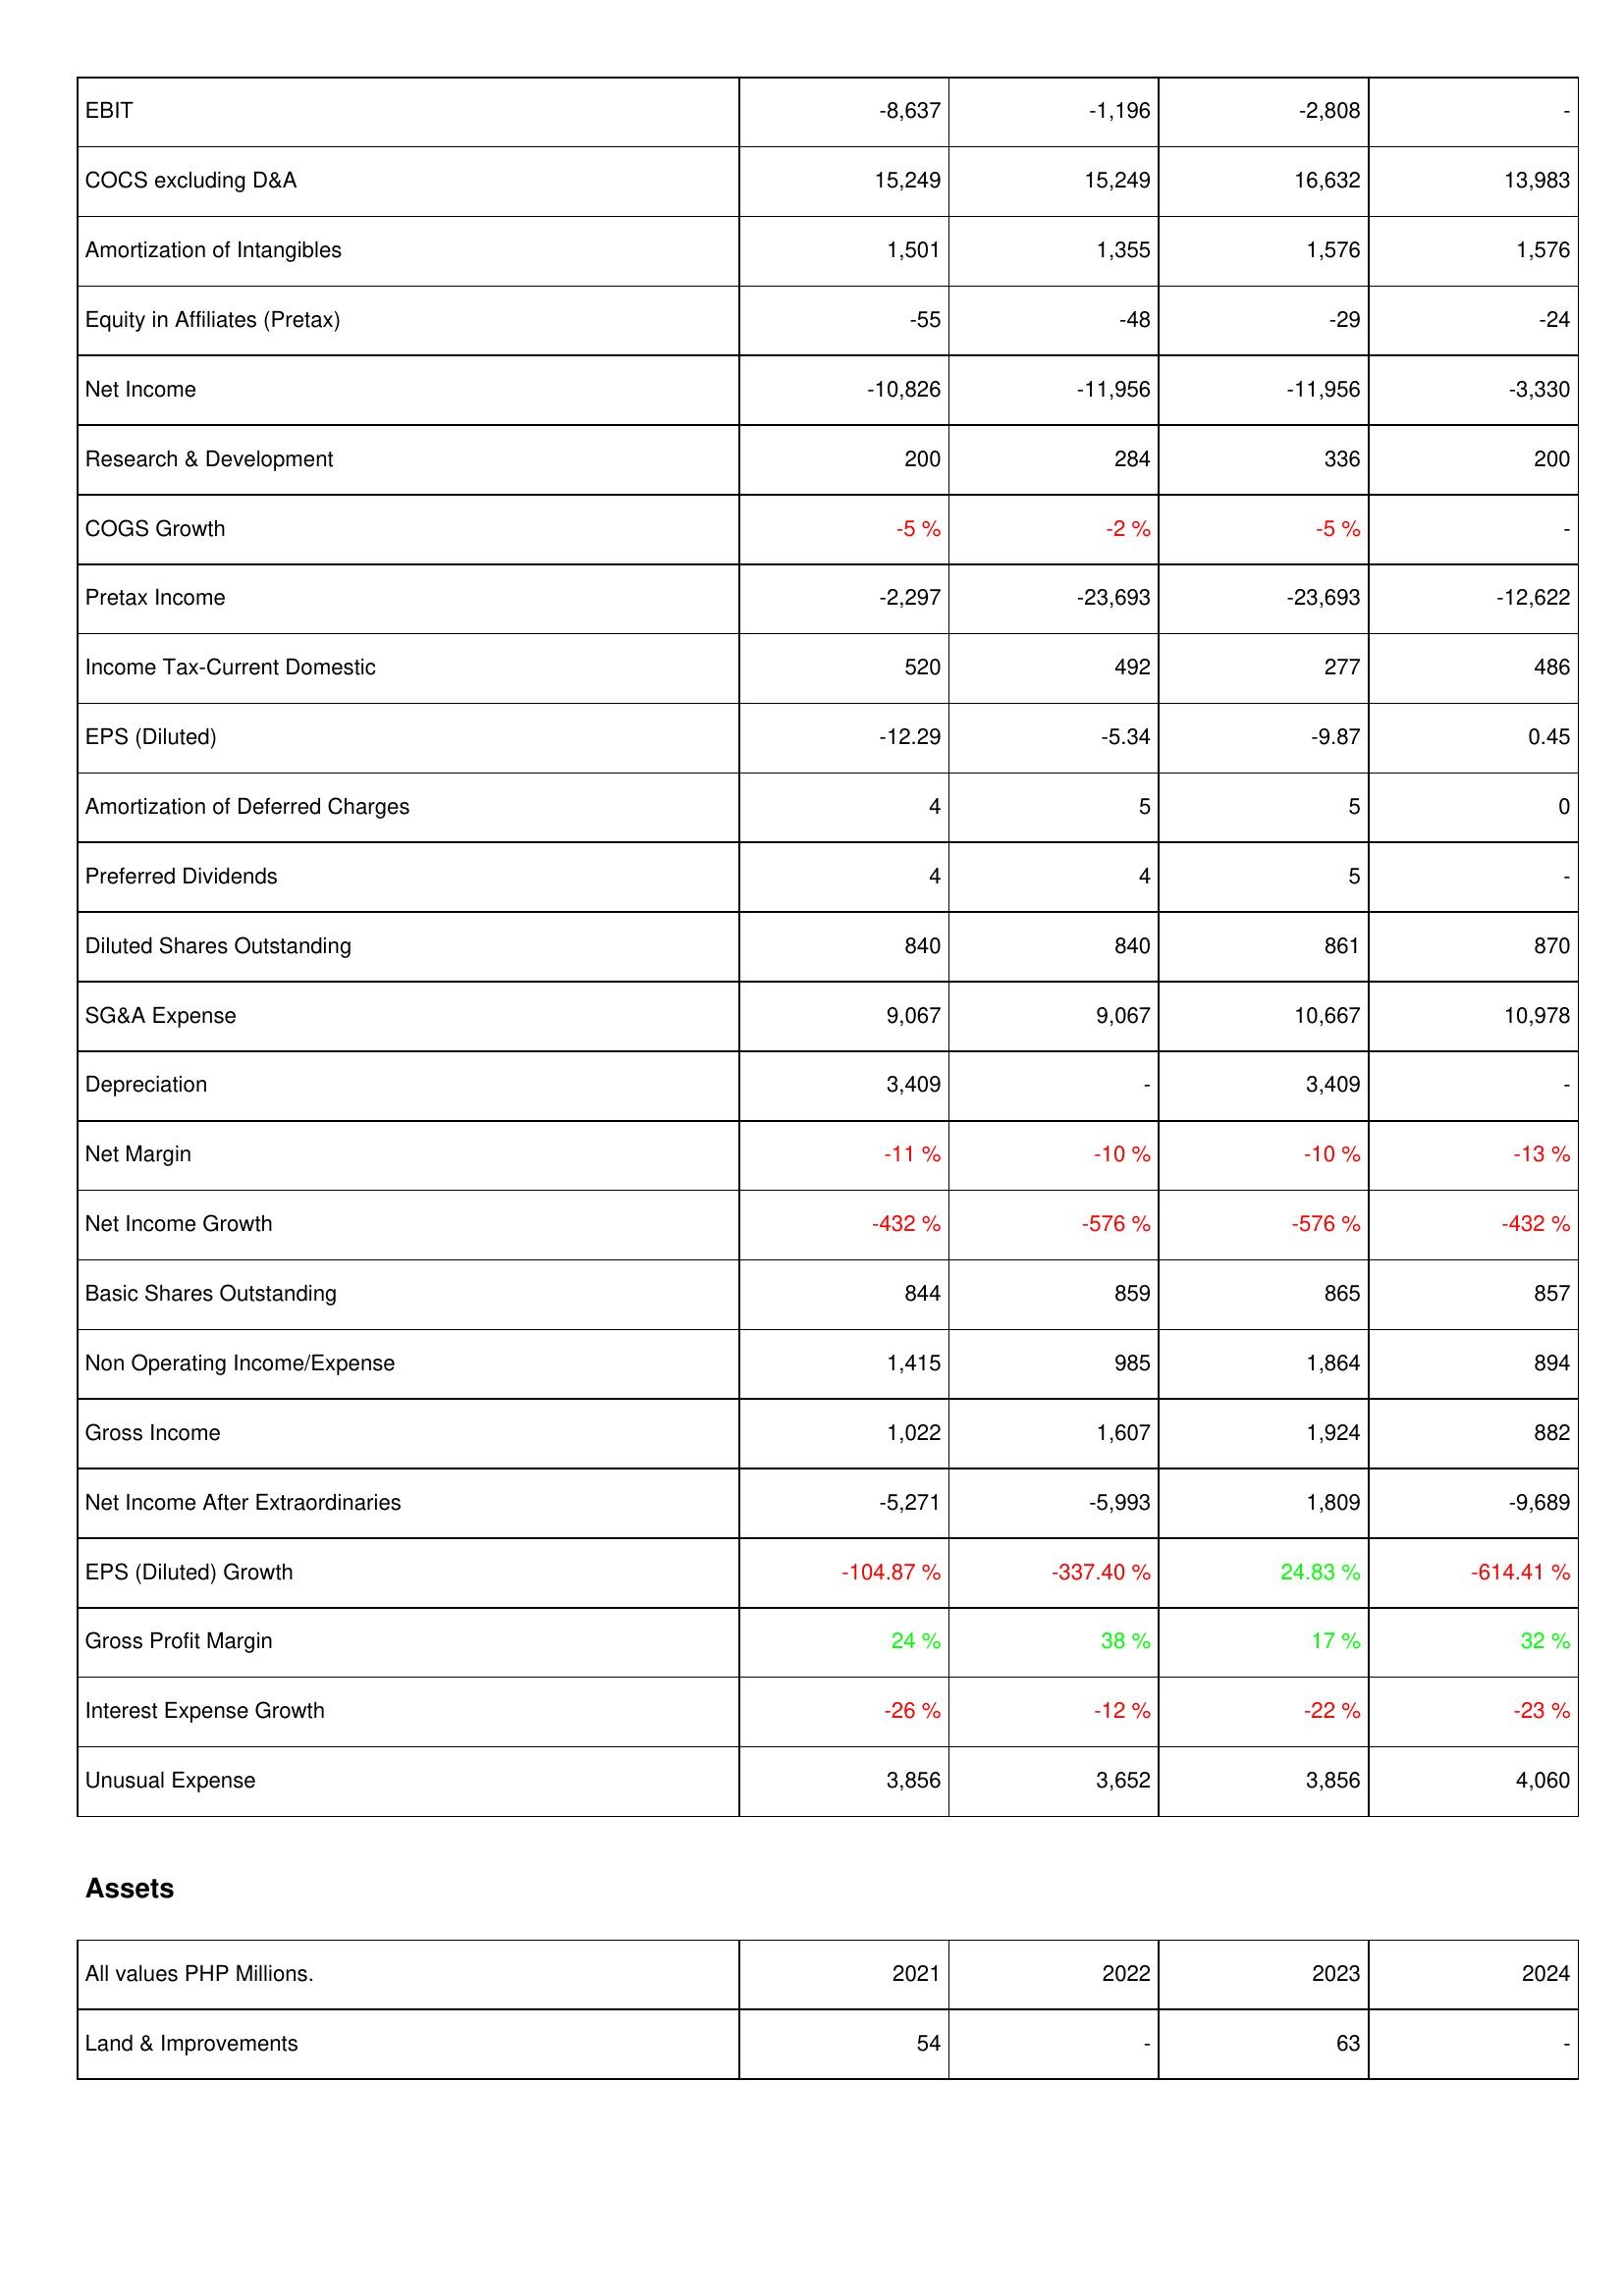
2021: Income Statement: EBIT: -8,637
COCS excluding D&A: 15,249
Amortization of Intangibles: 1,501
Equity in Affiliates (Pretax): -55
Net Income: -10,826
Research & Development: 200
COGS Growth: -5 %
Pretax Income: -2,297
Income Tax-Current Domestic: 520
EPS (Diluted): -12.29
Amortization of Deferred Charges: 4
Preferred Dividends: 4
Diluted Shares Outstanding: 840
SG&A Expense: 9,067
Depreciation: 3,409
Net Margin: -11 %
Net Income Growth: -432 %
Basic Shares Outstanding: 844
Non Operating Income/Expense: 1,415
Gross Income: 1,022
Net Income After Extraordinaries: -5,271
EPS (Diluted) Growth: -104.87 %
Gross Profit Margin: 24 %
Interest Expense Growth: -26 %
Unusual Expense: 3,856
Assets: Land & Improvements: 54
2022: Income Statement: EBIT: -1,196
COCS excluding D&A: 15,249
Amortization of Intangibles: 1,355
Equity in Affiliates (Pretax): -48
Net Income: -11,956
Research & Development: 284
COGS Growth: -2 %
Pretax Income: -23,693
Income Tax-Current Domestic: 492
EPS (Diluted): -5.34
Amortization of Deferred Charges: 5
Preferred Dividends: 4
Diluted Shares Outstanding: 840
SG&A Expense: 9,067
Depreciation: -
Net Margin: -10 %
Net Income Growth: -576 %
Basic Shares Outstanding: 859
Non Operating Income/Expense: 985
Gross Income: 1,607
Net Income After Extraordinaries: -5,993
EPS (Diluted) Growth: -337.40 %
Gross Profit Margin: 38 %
Interest Expense Growth: -12 %
Unusual Expense: 3,652
Assets: Land & Improvements: -
2023: Income Statement: EBIT: -2,808
COCS excluding D&A: 16,632
Amortization of Intangibles: 1,576
Equity in Affiliates (Pretax): -29
Net Income: -11,956
Research & Development: 336
COGS Growth: -5 %
Pretax Income: -23,693
Income Tax-Current Domestic: 277
EPS (Diluted): -9.87
Amortization of Deferred Charges: 5
Preferred Dividends: 5
Diluted Shares Outstanding: 861
SG&A Expense: 10,667
Depreciation: 3,409
Net Margin: -10 %
Net Income Growth: -576 %
Basic Shares Outstanding: 865
Non Operating Income/Expense: 1,864
Gross Income: 1,924
Net Income After Extraordinaries: 1,809
EPS (Diluted) Growth: 24.83 %
Gross Profit Margin: 17 %
Interest Expense Growth: -22 %
Unusual Expense: 3,856
Assets: Land & Improvements: 63
2024: Income Statement: EBIT: -
COCS excluding D&A: 13,983
Amortization of Intangibles: 1,576
Equity in Affiliates (Pretax): -24
Net Income: -3,330
Research & Development: 200
COGS Growth: -
Pretax Income: -12,622
Income Tax-Current Domestic: 486
EPS (Diluted): 0.45
Amortization of Deferred Charges: 0
Preferred Dividends: -
Diluted Shares Outstanding: 870
SG&A Expense: 10,978
Depreciation: -
Net Margin: -13 %
Net Income Growth: -432 %
Basic Shares Outstanding: 857
Non Operating Income/Expense: 894
Gross Income: 882
Net Income After Extraordinaries: -9,689
EPS (Diluted) Growth: -614.41 %
Gross Profit Margin: 32 %
Interest Expense Growth: -23 %
Unusual Expense: 4,060
Assets: Land & Improvements: -